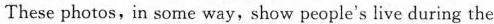
These photos, in some way, show people's live during the